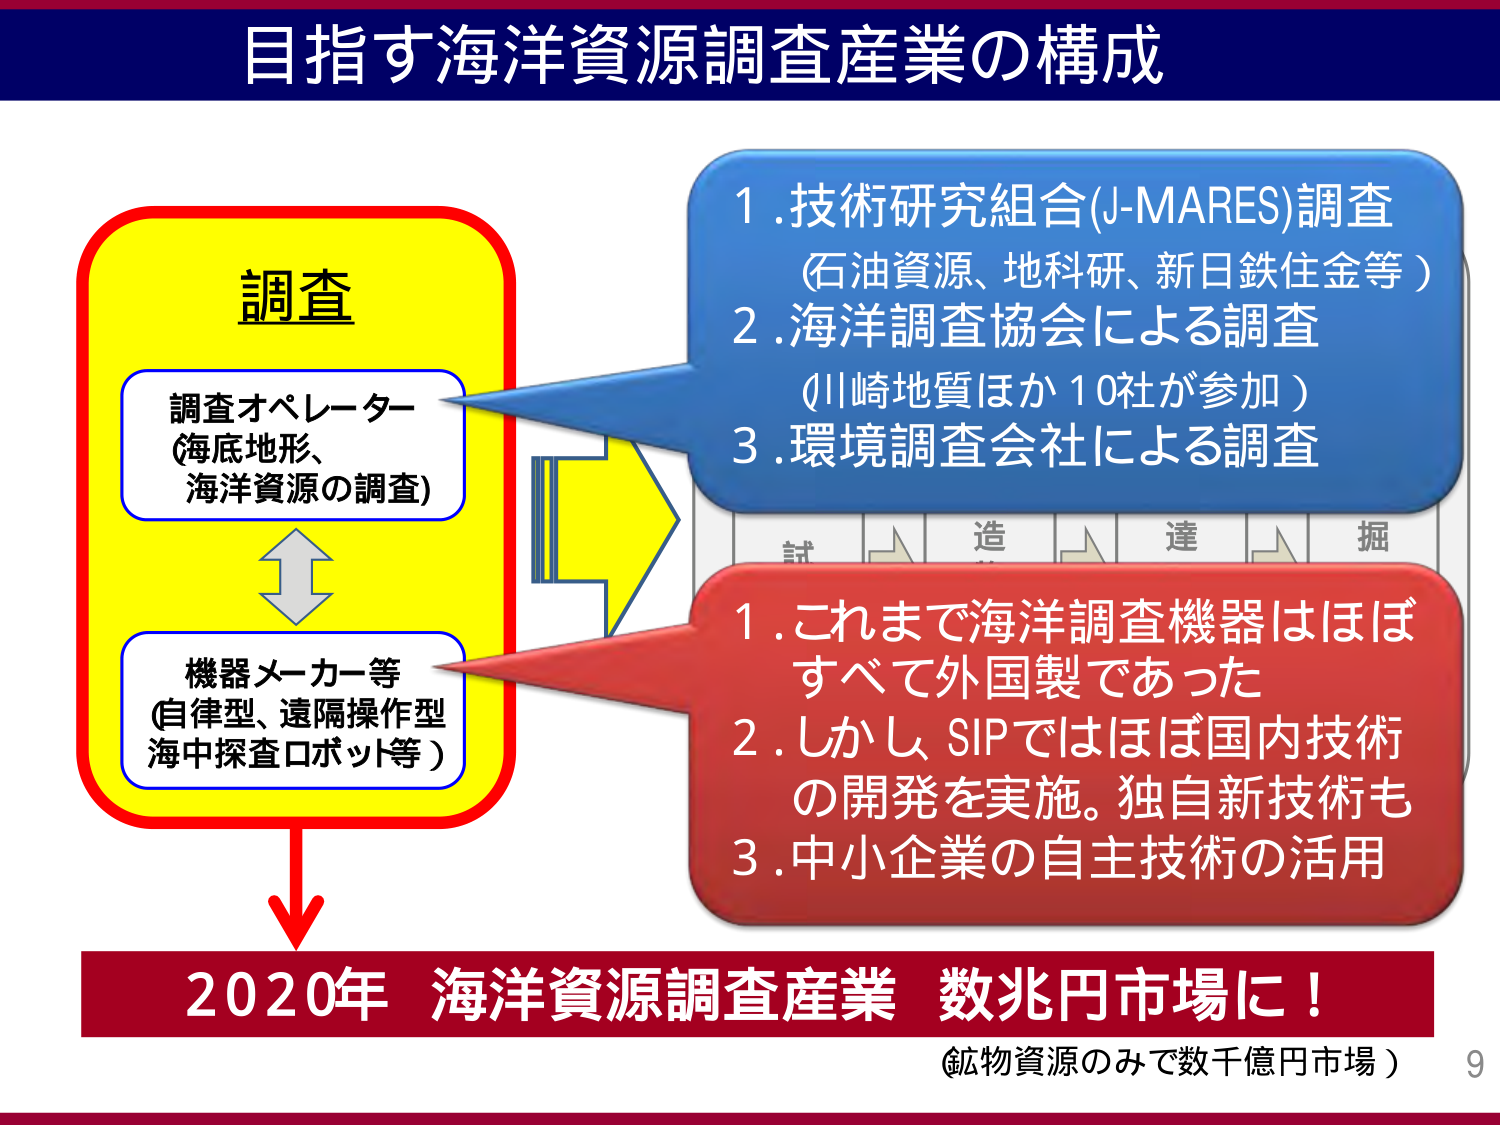
目指す海洋資源調査産業の構成

調査
調査オペレーター
(海底地形、
海洋資源の調査)
機器メーカー等
(自律型、遠隔操作型
海中探査ロボット等)

1.技術研究組合(J-MARES)調査
(石油資源、地科研、新日鉄住金等)
2.海洋調査協会による調査
(川崎地質ほか10社が参加)
3.環境調査会社による調査

1.これまで海洋調査機器はほぼ
すべて外国製であった
2.しかしSIPではほぼ国内技術
の開発を実施。独自新技術も
3.中小企業の自主技術の活用

2020年 海洋資源調査産業 数兆円市場に！
(鉱物資源のみで数千億円市場)

9